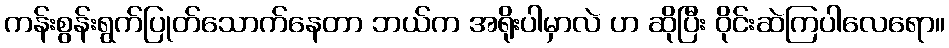
ကန်းစွန်းရွက်ပြုတ်သောက်နေတာ ဘယ်က အရိုးပါမှာလဲ ဟ ဆိုပြီး ဝိုင်းဆဲကြပါလေရော။